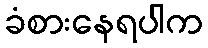
ခံစားနေရပါက